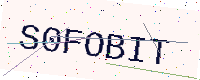
Text: S0FOBIT